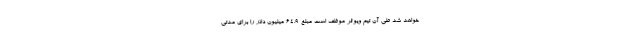
خواهد شد طی آن تیم ویوئر موظف است مبلغ 64.9 میلیون دلار را برای مدتی